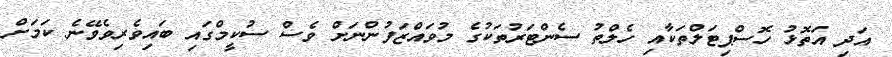
އަދި އަތޮޅު ހޮސްޕިޓަލްތަކާއި ހެލްތު ސެންޓަރުތަކުގެ މުވައްޒަފުންނަށް ވެސް ސުކީމްގައި ބައިވެރިވެވޭނެ ކަމަށް